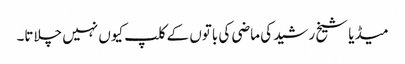
میڈیا شیخ رشید کی ماضی کی باتوں کے کلپ کیوں نہیں چلاتا۔